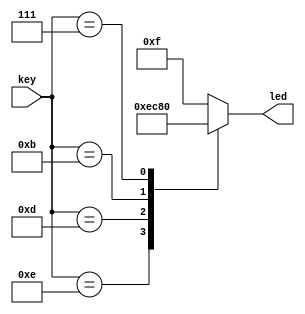
/*******************************************************************
**FPGA
**www.OurFPGA.com
**OurFPGA.taobao.com
**: OurFPGA@gmail.com
**FPGA
*************************************************************
**   2011.06.01
**     version 1.0
**   
key1,LED1
key2,LED1-LED2
key44led
********************************************************************/


module key_led(key,led);//
input[3:0]key;//
output[3:0]led;
reg[3:0]led_r;
reg[3:0]buffer;
assign led=led_r;

always@(key)
begin
	buffer=key;
	case(buffer)
		8'b1110:led_r=8'b1110;//key1,LED1
		8'b1101:led_r=8'b1100;//key2,LED1-LED2
		8'b1011:led_r=8'b1000;//key3
		8'b0111:led_r=8'b0000;//key4
	    default:led_r=8'b1111;
	endcase
end
endmodule